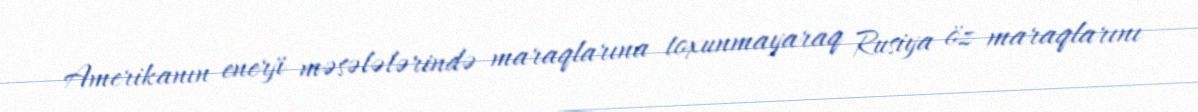
Amerikanın enerji məsələlərində maraqlarına toxunmayaraq Rusiya öz maraqlarını